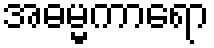
အဓမ္မကာရော